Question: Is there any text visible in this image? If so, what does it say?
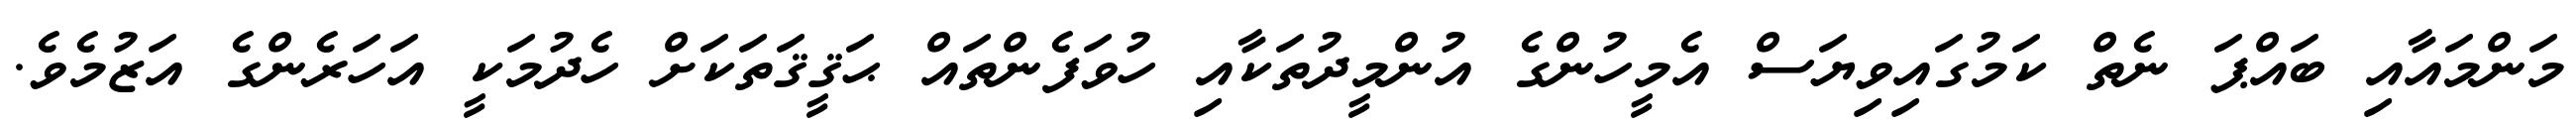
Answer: މަންމައާއި ބައްޕަ ނެތް ކަމުގައިވިޔަސް އެމީހުންގެ އުންމީދުތަކާއި ހުވަފެންތައް ޙަޤީޤަތަކަށް ހެދުމަކީ އަހަރެންގެ އަޒުމެވެ.